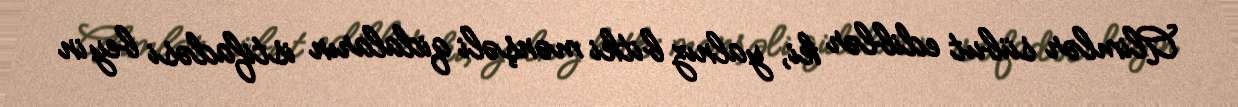
Alimlər sübut ediblər ki, yalnız bitki mənşəli qidaların istifadəsi beyin